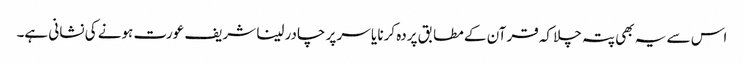
اس سے یہ بھی پتہ چلا کہ قرآن کے مطابق پردہ کرنا یا سر پر چادر لینا شریف عورت ہونے کی نشانی ہے۔